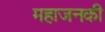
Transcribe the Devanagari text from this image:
महाजनकी